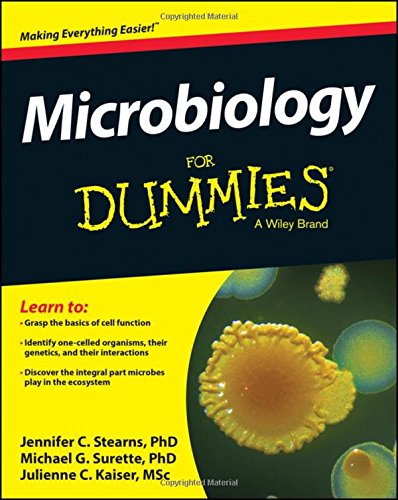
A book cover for Microbiology For Dummies; Jennifer Stearns; Medical Books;